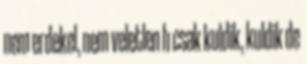
nem erdekel, nem veletlen h csak kuldik, kuldik de